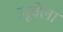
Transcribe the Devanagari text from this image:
उरूवेला